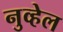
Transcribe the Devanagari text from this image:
नुव्हेल